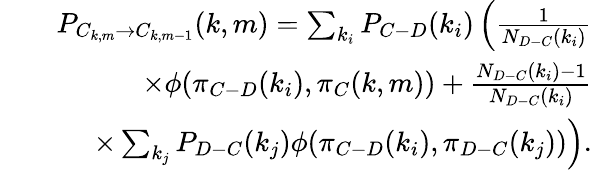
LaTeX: \begin{array}{rlr}&{}&{P_{C_{k,m}\rightarrow C_{k,m-1}}(k,m)=\sum_{k_{i}}P_{C-D}(k_{i})\left(\frac{1}{N_{D-C}(k_{i})}\right.}\\ &{}&{\left.\times\phi(\pi_{C-D}(k_{i}),\pi_{C}(k,m))+\frac{N_{D-C}(k_{i})-1}{N_{D-C}(k_{i})}\right.}\\ &{}&{\left.\times\sum_{k_{j}}P_{D-C}(k_{j})\phi(\pi_{C-D}(k_{i}),\pi_{D-C}(k_{j}))\right).}\end{array}